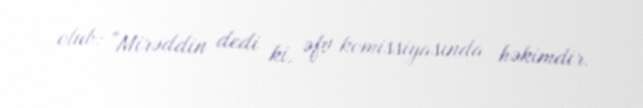
olub: "Mirəddin dedi ki, əfv komissiyasında həkimdir.